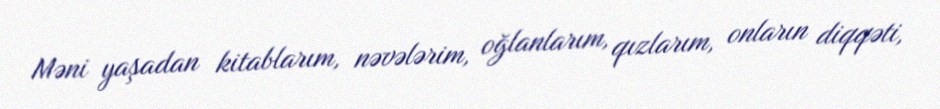
Məni yaşadan kitablarım, nəvələrim, oğlanlarım, qızlarım, onların diqqəti,